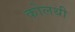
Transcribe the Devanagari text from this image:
कोलथी